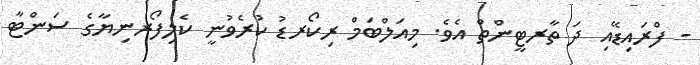
- ފްރައިޑޭއި ދަ ތާރޓީންތް އެވެ. މިއަލްބަމް ރިކޯރޑު ކުރެވުނީ ކެލިފޯރނިޔާގެ ސަންޓާ